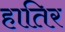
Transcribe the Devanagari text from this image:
हातिर